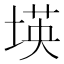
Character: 𡎘